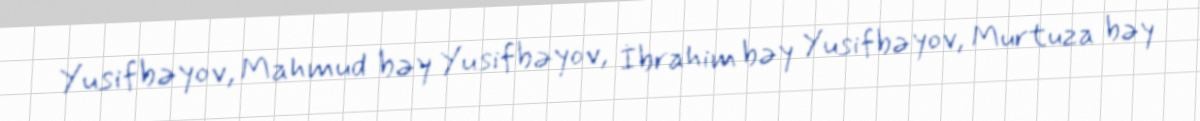
Yusifbəyov, Mahmud bəy Yusifbəyov, İbrahim bəy Yusifbəyov, Murtuza bəy